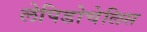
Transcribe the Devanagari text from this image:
लेपिडोचेलिस